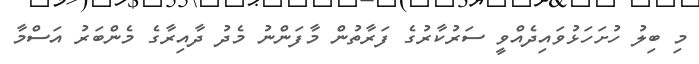
މި ބިލު ހުށަހަޅުވައިދެއްވީ ސަރުކާރުގެ ފަރާތުން މާފަންނު މެދު ދާއިރާގެ މެންބަރު އަސްމާ